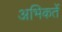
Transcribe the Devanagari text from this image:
अभिकर्ते